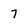
Character: 7